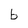
Character: b